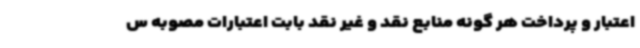
اعتبار و پرداخت هر گونه منابع نقد و غیر نقد بابت اعتبارات مصوبه س